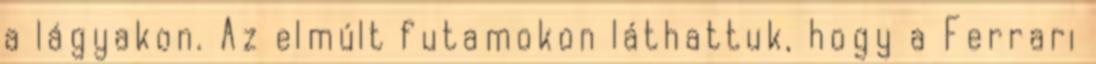
a lágyakon. Az elmúlt futamokon láthattuk, hogy a Ferrari